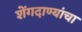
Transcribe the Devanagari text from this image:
शेंगदाण्यांचा